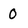
Character: 0